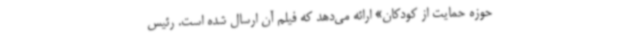
حوزه حمایت از کودکان» ارائه می‌دهد که فیلم آن ارسال شده است. رئیس